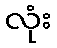
လုံး